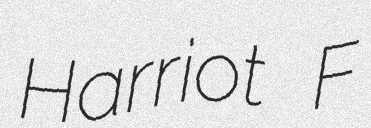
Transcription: Harriot F